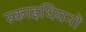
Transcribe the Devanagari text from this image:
स्काइथियनों